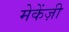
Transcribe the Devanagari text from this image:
मेकेंज़ी